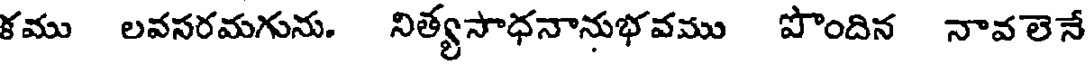
కము లవసరమగును. నిత్యసాధనానుభవము పొందిన నావలెనే